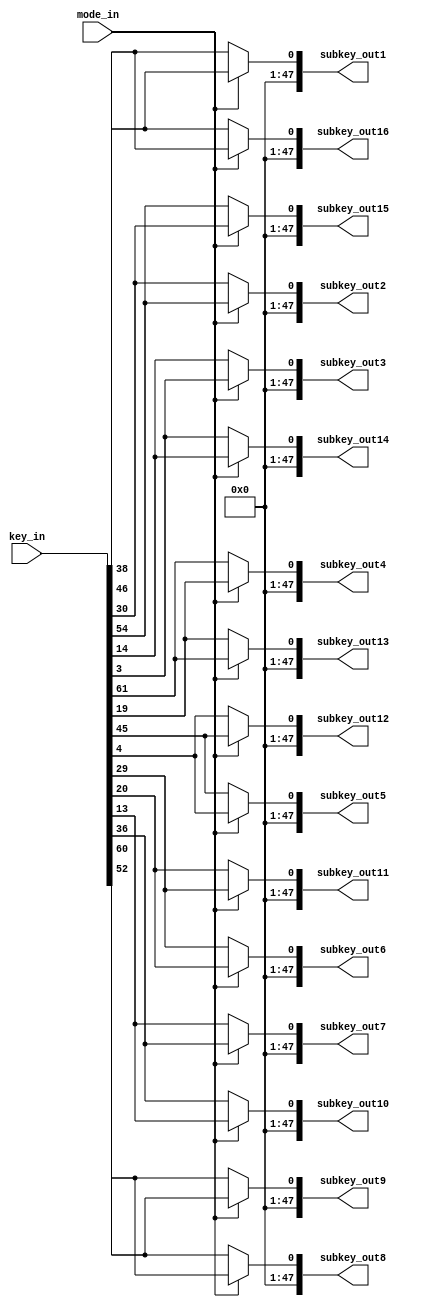
`timescale 1ns / 1ps
//////////////////////////////////////////////////////////////////////////////////
// Company: 
// Engineer: 
// 
// Design Name: 
// Module Name:    subkey_generate 
// Project Name: 
// Target Devices: 
// Tool versions: 
// Description: 
//
// Dependencies: 
//
// Revision: 
// Revision 0.01 - File Created
// Additional Comments: 
//
//////////////////////////////////////////////////////////////////////////////////
module subkey_generate_better(
	  //subkey_rst_n,
	  key_in, 
	  mode_in,//mode_in=1, Encryption; mode_in=0, Decryption.
	  subkey_out1,subkey_out2,subkey_out3,subkey_out4,
	  subkey_out5,subkey_out6,subkey_out7,subkey_out8,
	  subkey_out9,subkey_out10,subkey_out11,subkey_out12,subkey_out13,
	  subkey_out14,subkey_out15,subkey_out16   //16 subkey generated the same time
    );
//input subkey_rst_n;
input  [64:1] key_in;
input         mode_in;
output [48:1] subkey_out1,subkey_out2,subkey_out3,subkey_out4,subkey_out5;
output [48:1] subkey_out6,subkey_out7,subkey_out8,subkey_out9,subkey_out10,subkey_out11;
output [48:1] subkey_out12,subkey_out13,subkey_out14,subkey_out15,subkey_out16;
wire subkey1,subkey2,subkey3,subkey4,subkey5,subkey6,subkey7,subkey8;
wire subkey9,subkey10,subkey11,subkey12,subkey13,subkey14,subkey15,subkey16;

/* generate 16 subkey*/
assign subkey1 = {key_in[26],key_in[2] ,key_in[50],key_in[11],key_in[36],key_in[33],key_in[49],key_in[44],key_in[18],key_in[25],key_in[35],key_in[58],
                  key_in[19],key_in[51],key_in[42],key_in[41],key_in[60],key_in[9] ,key_in[10],key_in[17],key_in[52],key_in[43],key_in[34],key_in[57],
                  key_in[38],key_in[13],key_in[55],key_in[7] ,key_in[53],key_in[20],key_in[63],key_in[46],key_in[21],key_in[6] ,key_in[39],key_in[45],
                  key_in[14],key_in[37],key_in[54],key_in[12],key_in[31],key_in[5] ,key_in[61],key_in[13],key_in[29],key_in[15],key_in[4] ,key_in[47] };
                  
assign subkey2 = {key_in[34],key_in[10],key_in[58],key_in[19],key_in[44],key_in[41],key_in[57],key_in[52],key_in[26],key_in[33],key_in[43],key_in[1] ,
                  key_in[27],key_in[59],key_in[50],key_in[49],key_in[52],key_in[17],key_in[18],key_in[25],key_in[60],key_in[51],key_in[42],key_in[36],
                  key_in[46],key_in[21],key_in[63],key_in[15],key_in[61],key_in[28],key_in[4] ,key_in[54],key_in[29],key_in[14],key_in[47],key_in[53],
                  key_in[22],key_in[45],key_in[62],key_in[20],key_in[39],key_in[13],key_in[6] ,key_in[21],key_in[37],key_in[23],key_in[12],key_in[55] };

assign subkey3 = {key_in[50],key_in[26],key_in[9] ,key_in[35],key_in[60],key_in[57],key_in[44],key_in[3] ,key_in[42],key_in[49],key_in[59],key_in[17],
                  key_in[43],key_in[10],key_in[1] ,key_in[36],key_in[19],key_in[33],key_in[34],key_in[41],key_in[11],key_in[2] ,key_in[58],key_in[52],
                  key_in[62],key_in[37],key_in[12],key_in[31],key_in[14],key_in[13],key_in[20],key_in[7] ,key_in[45],key_in[30],key_in[63],key_in[6] ,
                  key_in[38],key_in[61],key_in[15],key_in[5] ,key_in[55],key_in[29],key_in[22],key_in[37],key_in[53],key_in[39],key_in[28],key_in[4]  };
                  
assign subkey4 = {key_in[1] ,key_in[42],key_in[25],key_in[51],key_in[11],key_in[44],key_in[60],key_in[19],key_in[58],key_in[36],key_in[10],key_in[33],
                  key_in[59],key_in[26],key_in[17],key_in[52],key_in[35],key_in[49],key_in[50],key_in[57],key_in[27],key_in[18],key_in[9] ,key_in[3] ,
                  key_in[15],key_in[53],key_in[28],key_in[47],key_in[30],key_in[29],key_in[5] ,key_in[23],key_in[61],key_in[46],key_in[12],key_in[22],
                  key_in[54],key_in[14],key_in[31],key_in[21],key_in[4] ,key_in[45],key_in[38],key_in[53],key_in[6] ,key_in[55],key_in[13],key_in[20] };
                  
assign subkey5 = {key_in[17],key_in[58],key_in[41],key_in[2] ,key_in[27],key_in[60],key_in[11],key_in[35],key_in[9] ,key_in[52],key_in[26],key_in[49],
                  key_in[10],key_in[42],key_in[33],key_in[3] ,key_in[51],key_in[36],key_in[1] ,key_in[44],key_in[43],key_in[34],key_in[25],key_in[19],
                  key_in[31],key_in[6] ,key_in[13],key_in[63],key_in[46],key_in[45],key_in[21],key_in[39],key_in[14],key_in[62],key_in[28],key_in[38],
                  key_in[7] ,key_in[30],key_in[47],key_in[37],key_in[20],key_in[61],key_in[54],key_in[6] ,key_in[22],key_in[4] ,key_in[29],key_in[5]  };
                  
assign subkey6 = {key_in[33],key_in[9] ,key_in[57],key_in[18],key_in[43],key_in[11],key_in[27],key_in[51],key_in[25],key_in[3] ,key_in[42],key_in[36],
                  key_in[26],key_in[58],key_in[49],key_in[19],key_in[2] ,key_in[52],key_in[17],key_in[60],key_in[59],key_in[50],key_in[41],key_in[35],
                  key_in[47],key_in[22],key_in[29],key_in[12],key_in[62],key_in[61],key_in[37],key_in[55],key_in[30],key_in[15],key_in[13],key_in[54],
                  key_in[23],key_in[46],key_in[63],key_in[53],key_in[5] ,key_in[14],key_in[7] ,key_in[22],key_in[38],key_in[20],key_in[45],key_in[21] };
                  
assign subkey7 = {key_in[49],key_in[25],key_in[44],key_in[34],key_in[59],key_in[27],key_in[43],key_in[2] ,key_in[41],key_in[19],key_in[58],key_in[52],
                  key_in[42],key_in[9] ,key_in[36],key_in[35],key_in[18],key_in[3] ,key_in[33],key_in[11],key_in[10],key_in[1] ,key_in[57],key_in[51],
                  key_in[63],key_in[38],key_in[45],key_in[28],key_in[15],key_in[14],key_in[53],key_in[4] ,key_in[46],key_in[31],key_in[29],key_in[7] ,
                  key_in[39],key_in[62],key_in[12],key_in[6] ,key_in[21],key_in[30],key_in[23],key_in[38],key_in[54],key_in[5] ,key_in[61],key_in[37] };
                  
assign subkey8 = {key_in[36],key_in[41],key_in[60],key_in[50],key_in[10],key_in[43],key_in[59],key_in[18],key_in[57],key_in[35],key_in[9] ,key_in[3] ,
                  key_in[58],key_in[25],key_in[52],key_in[51],key_in[34],key_in[19],key_in[49],key_in[27],key_in[26],key_in[17],key_in[44],key_in[2] ,
                  key_in[12],key_in[54],key_in[61],key_in[13],key_in[31],key_in[30],key_in[6] ,key_in[20],key_in[62],key_in[47],key_in[45],key_in[23],
                  key_in[55],key_in[15],key_in[28],key_in[22],key_in[37],key_in[46],key_in[39],key_in[54],key_in[7] ,key_in[21],key_in[14],key_in[53] };
                  
assign subkey9 = {key_in[44],key_in[49],key_in[3] ,key_in[58],key_in[18],key_in[51],key_in[2] ,key_in[26],key_in[36],key_in[43],key_in[17],key_in[11],
                  key_in[1] ,key_in[33],key_in[60],key_in[59],key_in[42],key_in[27],key_in[57],key_in[35],key_in[34],key_in[25],key_in[52],key_in[10],
                  key_in[20],key_in[62],key_in[6] ,key_in[21],key_in[39],key_in[38],key_in[14],key_in[28],key_in[7] ,key_in[55],key_in[53],key_in[31],
                  key_in[63],key_in[23],key_in[5] ,key_in[30],key_in[45],key_in[54],key_in[47],key_in[62],key_in[15],key_in[29],key_in[22],key_in[61] };
                  
assign subkey10= {key_in[60],key_in[36],key_in[19],key_in[9] ,key_in[34],key_in[2] ,key_in[18],key_in[42],key_in[52],key_in[59],key_in[33],key_in[27],
                  key_in[17],key_in[49],key_in[11],key_in[10],key_in[58],key_in[43],key_in[44],key_in[51],key_in[50],key_in[41],key_in[3] ,key_in[26],
                  key_in[5] ,key_in[15],key_in[22],key_in[37],key_in[55],key_in[54],key_in[30],key_in[13],key_in[23],key_in[4] ,key_in[6] ,key_in[47],
                  key_in[12],key_in[39],key_in[21],key_in[46],key_in[61],key_in[7] ,key_in[63],key_in[15],key_in[31],key_in[45],key_in[38],key_in[14] };
                  
assign subkey11= {key_in[11],key_in[52],key_in[35],key_in[25],key_in[50],key_in[18],key_in[34],key_in[58],key_in[3] ,key_in[10],key_in[49],key_in[43],
                  key_in[33],key_in[36],key_in[27],key_in[26],key_in[9] ,key_in[59],key_in[60],key_in[2] ,key_in[1] ,key_in[57],key_in[19],key_in[42],
                  key_in[21],key_in[31],key_in[38],key_in[53],key_in[4] ,key_in[7] ,key_in[46],key_in[29],key_in[39],key_in[20],key_in[22],key_in[63],
                  key_in[28],key_in[55],key_in[37],key_in[62],key_in[14],key_in[23],key_in[12],key_in[31],key_in[47],key_in[61],key_in[54],key_in[30] };
                  
assign subkey12= {key_in[27],key_in[3] ,key_in[51],key_in[41],key_in[1] ,key_in[34],key_in[50],key_in[9] ,key_in[19],key_in[26],key_in[36],key_in[59],
                  key_in[49],key_in[52],key_in[43],key_in[42],key_in[25],key_in[10],key_in[11],key_in[18],key_in[17],key_in[44],key_in[35],key_in[58],
                  key_in[37],key_in[47],key_in[54],key_in[6] ,key_in[20],key_in[27],key_in[62],key_in[45],key_in[55],key_in[5] ,key_in[38],key_in[12],
                  key_in[13],key_in[4] ,key_in[53],key_in[15],key_in[30],key_in[39],key_in[28],key_in[37],key_in[36],key_in[14],key_in[7] ,key_in[46] };
                  
assign subkey13= {key_in[43],key_in[19],key_in[2] ,key_in[57],key_in[17],key_in[50],key_in[1] ,key_in[25],key_in[35],key_in[42],key_in[52],key_in[10],
                  key_in[36],key_in[3] ,key_in[59],key_in[58],key_in[41],key_in[26],key_in[27],key_in[34],key_in[33],key_in[60],key_in[51],key_in[9] ,
                  key_in[53],key_in[63],key_in[7] ,key_in[22],key_in[5] ,key_in[39],key_in[15],key_in[61],key_in[4] ,key_in[21],key_in[54],key_in[28],
                  key_in[29],key_in[20],key_in[6] ,key_in[31],key_in[46],key_in[55],key_in[13],key_in[63],key_in[12],key_in[30],key_in[23],key_in[62] };
                  
assign subkey14= {key_in[61],key_in[35],key_in[18],key_in[44],key_in[33],key_in[1] ,key_in[17],key_in[41],key_in[51],key_in[58],key_in[3] ,key_in[26],
                  key_in[52],key_in[19],key_in[10],key_in[9] ,key_in[57],key_in[42],key_in[43],key_in[50],key_in[49],key_in[11],key_in[2] ,key_in[25],
                  key_in[6] ,key_in[12],key_in[23],key_in[38],key_in[21],key_in[55],key_in[31],key_in[14],key_in[20],key_in[37],key_in[7] ,key_in[13],
                  key_in[45],key_in[5] ,key_in[22],key_in[47],key_in[62],key_in[4] ,key_in[29],key_in[12],key_in[28],key_in[46],key_in[39],key_in[15] };
                  
assign subkey15= {key_in[10],key_in[51],key_in[34],key_in[60],key_in[49],key_in[17],key_in[33],key_in[57],key_in[2] ,key_in[9] ,key_in[19],key_in[42],
                  key_in[3] ,key_in[35],key_in[26],key_in[25],key_in[44],key_in[58],key_in[59],key_in[1] ,key_in[36],key_in[27],key_in[18],key_in[41],
                  key_in[22],key_in[28],key_in[39],key_in[54],key_in[37],key_in[4] ,key_in[47],key_in[30],key_in[5] ,key_in[53],key_in[23],key_in[29],
                  key_in[61],key_in[21],key_in[38],key_in[63],key_in[15],key_in[20],key_in[45],key_in[28],key_in[13],key_in[62],key_in[55],key_in[31] };
                  
assign subkey16= {key_in[18],key_in[59],key_in[42],key_in[3] ,key_in[57],key_in[25],key_in[41],key_in[36],key_in[10],key_in[17],key_in[27],key_in[50],
                  key_in[11],key_in[43],key_in[34],key_in[33],key_in[52],key_in[1] ,key_in[2] ,key_in[9] ,key_in[44],key_in[35],key_in[26],key_in[49],
                  key_in[30],key_in[5] ,key_in[47],key_in[62],key_in[45],key_in[12],key_in[55],key_in[38],key_in[13],key_in[61],key_in[31],key_in[37],
                  key_in[6] ,key_in[29],key_in[46],key_in[4] ,key_in[23],key_in[28],key_in[53],key_in[5] ,key_in[21],key_in[7] ,key_in[63],key_in[39] };
                  

/*always @(subkey_rst_n)
if (!subkey_rst_n)
   begin 
	   subkey_out1  = 48'h0;
	   subkey_out2  = 48'h0;
	   subkey_out3  = 48'h0;
	   subkey_out4  = 48'h0;
	   subkey_out5  = 48'h0;
	   subkey_out6  = 48'h0;
	   subkey_out7  = 48'h0;
	   subkey_out8  = 48'h0;
	   subkey_out9  = 48'h0;
	   subkey_out10 = 48'h0;
	   subkey_out11 = 48'h0;
	   subkey_out12 = 48'h0;
	   subkey_out13 = 48'h0;
	   subkey_out14 = 48'h0;
	   subkey_out15 = 48'h0;
	   subkey_out16 = 48'h0;   
	 end
else
   begin*/
assign	 subkey_out1 = mode_in ? subkey1 : subkey16;//mode_in=1, Encryption; mode_in=0, Decryption.
assign 	subkey_out2 = mode_in ? subkey2 : subkey15;
assign	 subkey_out3 = mode_in ? subkey3 : subkey14;
assign	 subkey_out4 = mode_in ? subkey4 : subkey13;
assign	 subkey_out5 = mode_in ? subkey5 : subkey12;
assign	 subkey_out6 = mode_in ? subkey6 : subkey11;
assign	 subkey_out7 = mode_in ? subkey7 : subkey10;
assign	 subkey_out8 = mode_in ? subkey8 : subkey9;
assign	 subkey_out9 = mode_in ? subkey9 : subkey8;
assign	 subkey_out10= mode_in ? subkey10: subkey7;
assign	 subkey_out11= mode_in ? subkey11: subkey6;
assign	 subkey_out12= mode_in ? subkey12: subkey5;
assign	 subkey_out13= mode_in ? subkey13: subkey4;
assign	 subkey_out14= mode_in ? subkey14: subkey3;
assign	 subkey_out15= mode_in ? subkey15: subkey2;
assign	 subkey_out16= mode_in ? subkey16: subkey1;
	 //end
 	
endmodule